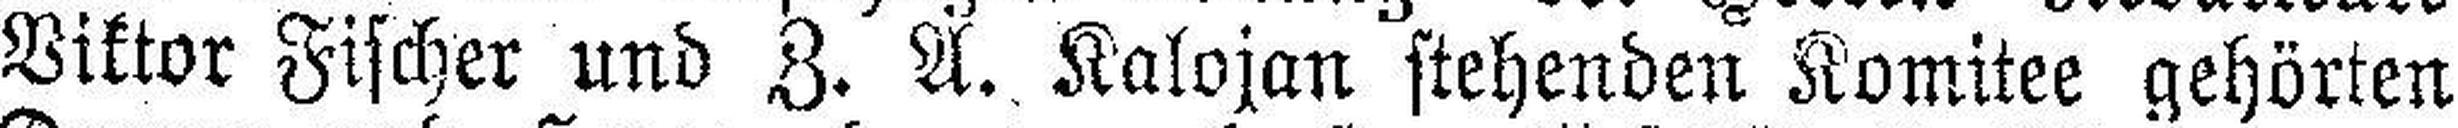
Viktor Fischer und Z. A. Kalojan stehenden Komitee gehörten